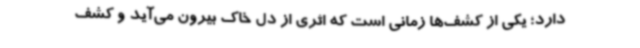
دارد؛ یکی از کشف‌ها زمانی است که اثری از دل خاک بیرون می‌آید و کشف